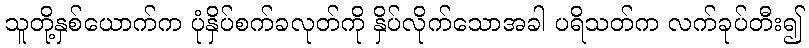
သူတို့နှစ်ယောက်က ပုံနှိပ်စက်ခလုတ်ကို နှိပ်လိုက်သောအခါ ပရိသတ်က လက်ခုပ်တီး၍